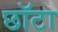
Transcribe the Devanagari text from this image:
छॉटा